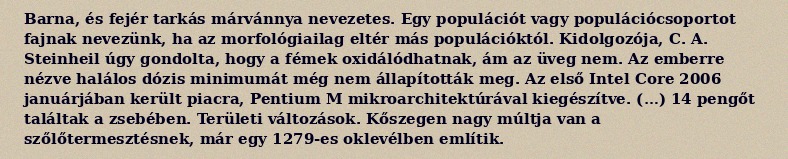
Barna, és fejér tarkás márvánnya nevezetes. Egy populációt vagy populációcsoportot fajnak nevezünk, ha az morfológiailag eltér más populációktól. Kidolgozója, C. A. Steinheil úgy gondolta, hogy a fémek oxidálódhatnak, ám az üveg nem. Az emberre nézve halálos dózis minimumát még nem állapították meg. Az első Intel Core 2006 januárjában került piacra, Pentium M mikroarchitektúrával kiegészítve. (…) 14 pengőt találtak a zsebében. Területi változások. Kőszegen nagy múltja van a szőlőtermesztésnek, már egy 1279-es oklevélben említik.